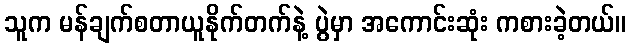
သူက မန်ချက်စတာယူနိုက်တက်နဲ့ ပွဲမှာ အကောင်းဆုံး ကစားခဲ့တယ်။